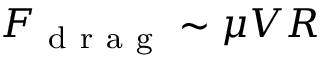
F _ { \mathrm { ~ d ~ r ~ a ~ g ~ } } \sim \mu V R